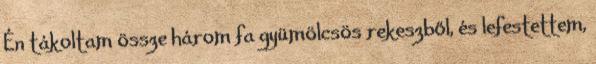
Én tákoltam össze három fa gyümölcsös rekeszből, és lefestettem,